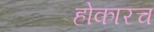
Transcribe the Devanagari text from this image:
होकारच